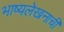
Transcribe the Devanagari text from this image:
भाष्यलेखनाची